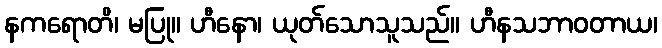
နကရောတိ၊ မပြု။ ဟီနော၊ ယုတ်သောသူသည်။ ဟီနသဘာဝတာယ၊